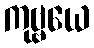
ကုဗ္ဗယေ